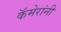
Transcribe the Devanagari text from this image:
कॅमेरांनी